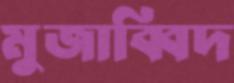
মুজাব্বিদ